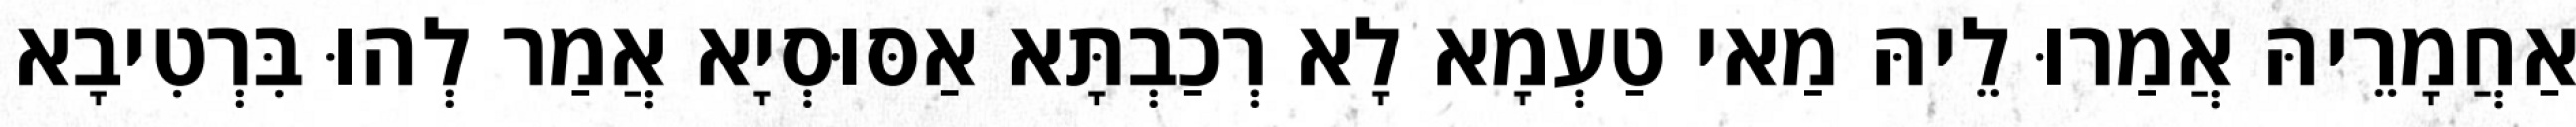
אַחֲמָרֵיהּ אֲמַרוּ לֵיהּ מַאי טַעְמָא לָא רְכַבְתָּא אַסּוּסְיָא אֲמַר לְהוּ בִּרְטִיבָא